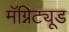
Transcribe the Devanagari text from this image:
मॅग्निट्यूड